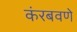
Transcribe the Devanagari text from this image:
कंरबवणे